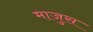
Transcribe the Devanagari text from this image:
माजुस